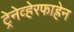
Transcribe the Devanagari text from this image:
ट्रेनेव्हेरफाह्रेन